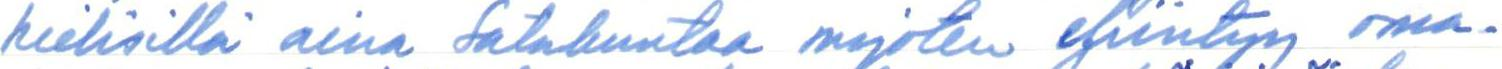
kielisillä aina Satakuntaa myöten esiintyy oma-